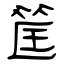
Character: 筐